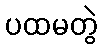
ပထမတွဲ